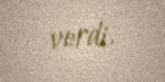
verdi.